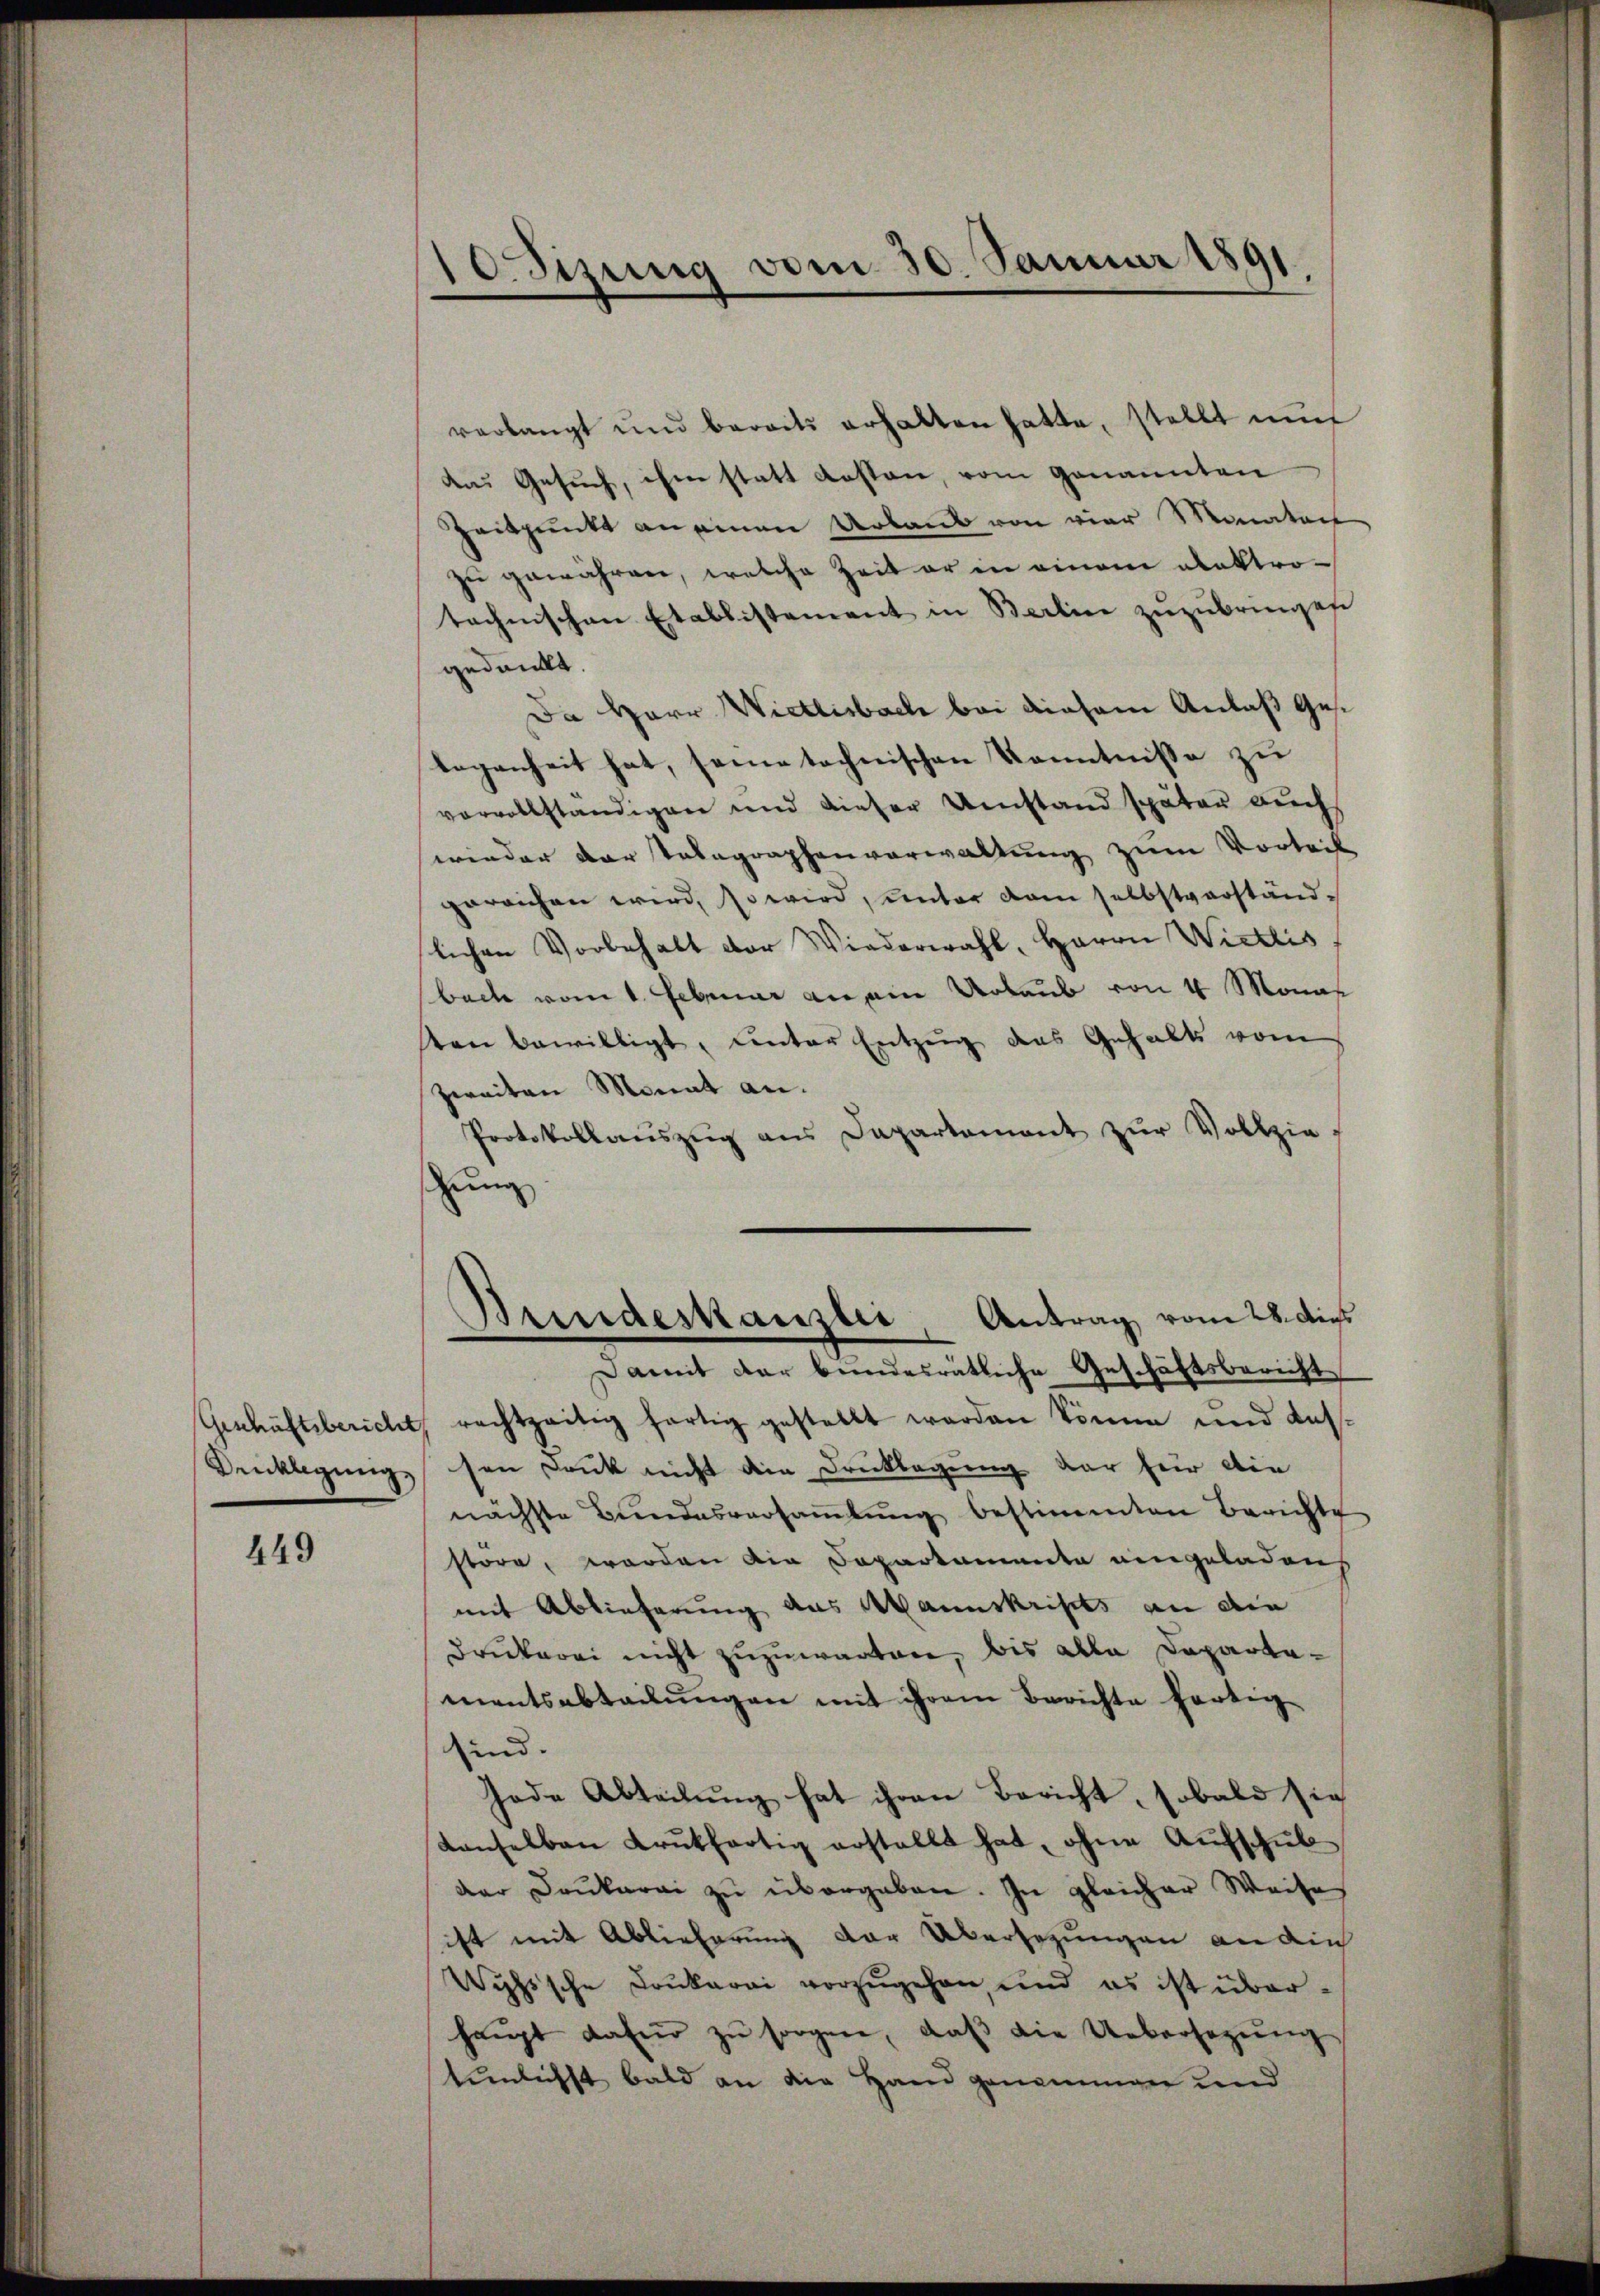
Drucklegung

449

Odizung vom 30. Januar 1891
n

verlangt und bereits erhalten hatte, stellt nur
An Gesuch, ihne statt gesten, vom genannten
Zeitpunkt an einen Urlaub von vier Monaten
zu gewähren, welche Zeit er in einem alektrotechnischen Etablistement in Berline zuzubringese
gedankt.
Da Herr Wietlisbach bei diesem Anlaß Geslegenheit hat, seine technischen Kenntnisse zu
vervollständigen und dieser Umstand später auch
wieder der Telegraphenverwaltung zum Vortrit
gereichen wird, so wird, unter dam selbstverständ-
slichen Vorbehalt der Wiederwahl, Herrn Wietlis
bach vom 1. Februar an ain Urlaub von 4 Monas
ten bewilligt, unter Entzŭg des Gehalts vom
zweiten Monat an.
Protokollaŭszŭg ans Dapartement zŭr Vollzie-
stung
Bundeskanzlei Antrag vom 28. die
e
Damit der bundesrätliche Geschäftsbericht
Geschäftsbericht, rechtzeitig fortig gestellt werden könne und dassen Dank nicht die Druklagung der für die
nächste Bundesversaṁlŭng bestimmten Berichte
store, worden die Separtamente eingeladen
mit Ablieferung das Manuskripts an die
drukerei nicht zuzuwarten, bis alle Departementsabteilungen mit ihrem Berichte fortig
sind.
Jode Abteilung hat ihren Bericht, sobald sie
tanselben Brŭtfertig erstellt hat, ohne Aŭfschŭl
dar Drukerei zu übergeben. In gleicher Weise
ist mit Ablieferung der Übersezungen an die
Wyhische Doukarei vorzugehen, und es ist über-
haŭpt dafür zŭ sorgen, daβ die Uebersagŭng
tunlichst bald an die Hand genommen und